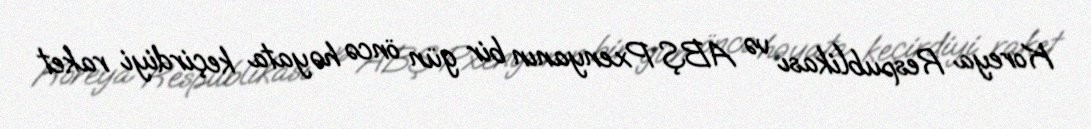
Koreya Respublikası və ABŞ Pxenyanın bir gün öncə həyata keçirdiyi raket